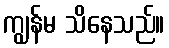
ကျွန်မ သိနေသည်။